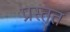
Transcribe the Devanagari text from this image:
प्रस्तु्त